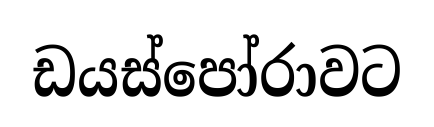
ඩයස්පෝරාවට